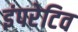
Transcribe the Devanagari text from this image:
इंपरेटिव